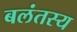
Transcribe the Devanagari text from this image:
बलंतस्य